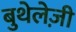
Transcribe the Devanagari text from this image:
बुथेलेज़ी